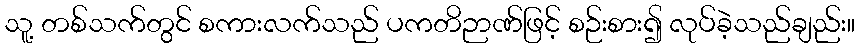
သူ့ တစ်သက်တွင် စကားလက်သည် ပကတိဉာဏ်ဖြင့် စဉ်းစား၍ လုပ်ခဲ့သည်ချည်း။